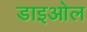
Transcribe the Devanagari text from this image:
डाइओल